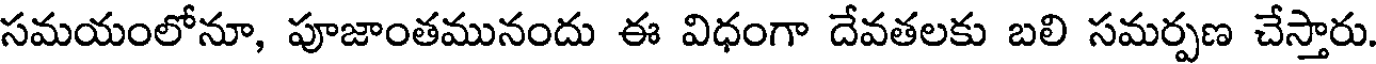
సమయంలోనూ, పూజాంతమునందు ఈ విధంగా దేవతలకు బలి సమర్పణ చేస్తారు.